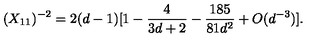
( X _ { 1 1 } ) ^ { - 2 } = 2 ( d - 1 ) [ 1 - \frac { 4 } { 3 d + 2 } - \frac { 1 8 5 } { 8 1 d ^ { 2 } } + O ( d ^ { - 3 } ) ] .